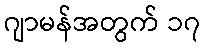
ဂျာမန်အတွက် ၁၇